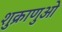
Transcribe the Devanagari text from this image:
शुक्राणुओ